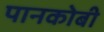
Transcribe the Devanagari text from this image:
पानकोबी